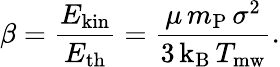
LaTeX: \beta=\frac{E_{\mathrm{kin}}}{E_{\mathrm{th}}}=\frac{\mu\, m_{\mathrm{P}}\, \sigma^{2}}{3\, \mathrm{k_{B}}\, T_{\mathrm{mw}}}.